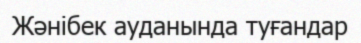
Жәнібек ауданында туғандар